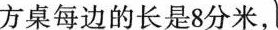
方桌每边的长是8分米，